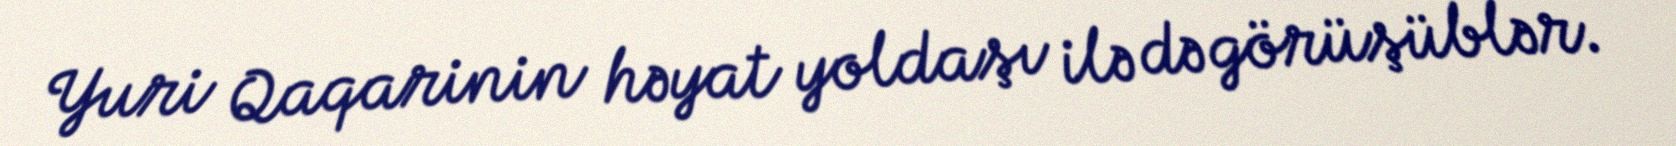
Yuri Qaqarinin həyat yoldaşı ilə də görüşüblər.